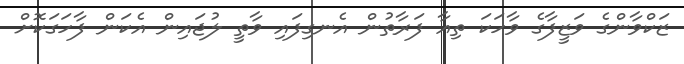
ޒަކްވާންގެ ވަޒީފާގެ ވާހަކަ ތިއާ ފަރާތުން އެނގިފައި ވާތީ ލުޖައިން އެކަން ފާހަގަކޮށް